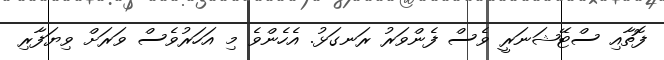
ފޮތާއި ސްޓޭޝަނަރީ ވެސް ފެންވަރު ރަނގަޅު. އެހެންވެ މި އަހަރުވެސް ވަރަށް ވިޔަފާރި